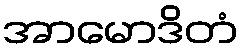
အာမောဒိတံ